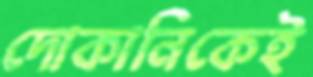
দোকানিকেই